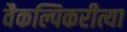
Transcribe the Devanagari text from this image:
वैकल्पिकरीत्या